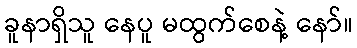
ခူနာရှိသူ နေပူ မထွက်စေနဲ့ နော်။